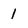
Character: 1